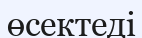
өсектеді